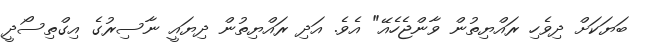
ބަޔަކަށް ދިވެހި ރައްޔިތުން ވާންޖެހެއޭ" އެވެ. އަދި ރައްޔިތުން ދިޔައީ ނާސިރުގެ އިގްތިސޯދީ